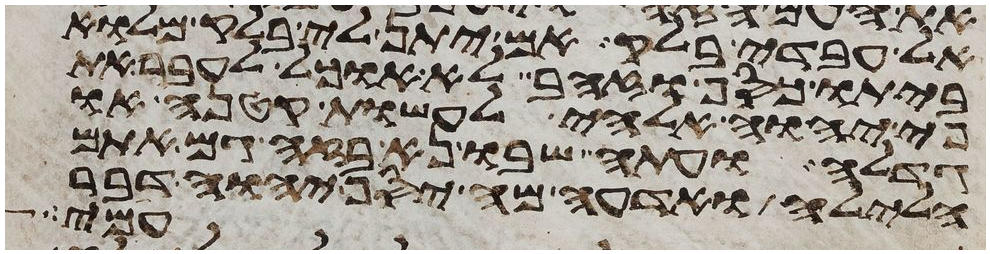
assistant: אל עבדי בלק אם יתן לי בלק מלוא
ביתו כסף או זהב לא אוכל לעבר את
פי יהוה אלהי לעשות קטנה או
גדלה ועתה שבו נא בזה גם אתם
הלילה ואדעה מה יסף יהוה דבר
עמי